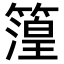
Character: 𮆐